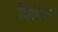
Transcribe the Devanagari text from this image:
शिरेल